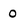
Character: 0